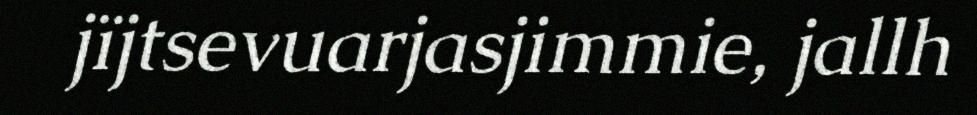
jïjtsevuarjasjimmie, jallh